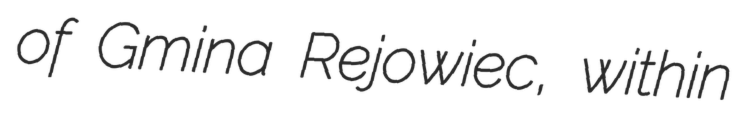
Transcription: of Gmina Rejowiec, within